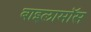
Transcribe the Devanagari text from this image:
बाइलामॉस